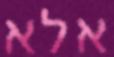
אלא